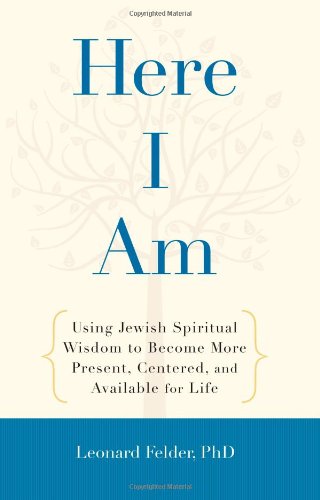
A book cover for Here I Am: Using Jewish Spiritual Wisdom to Become More Present, Centered, and Available for Life; Leonard Felder; Religion & Spirituality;